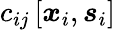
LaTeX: c_{ij}\left[\boldsymbol{x}_{i},\boldsymbol{s}_{i}\right]